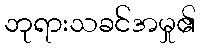
ဘုရားသခင်အမှု၏